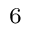
^ 6